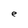
Character: e